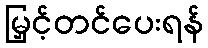
မြှင့်တင်ပေးရန်